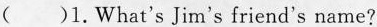
( )1.What's Jim's friend's name?